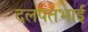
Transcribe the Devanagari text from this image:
दलपतभाई